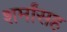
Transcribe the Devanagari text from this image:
शर्मांसह